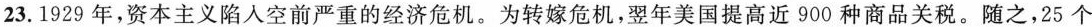
23.1929年，资本主义陷入空前严重的经济危机。为转嫁危机，翌年美国提高近900种商品关税。随之，25个